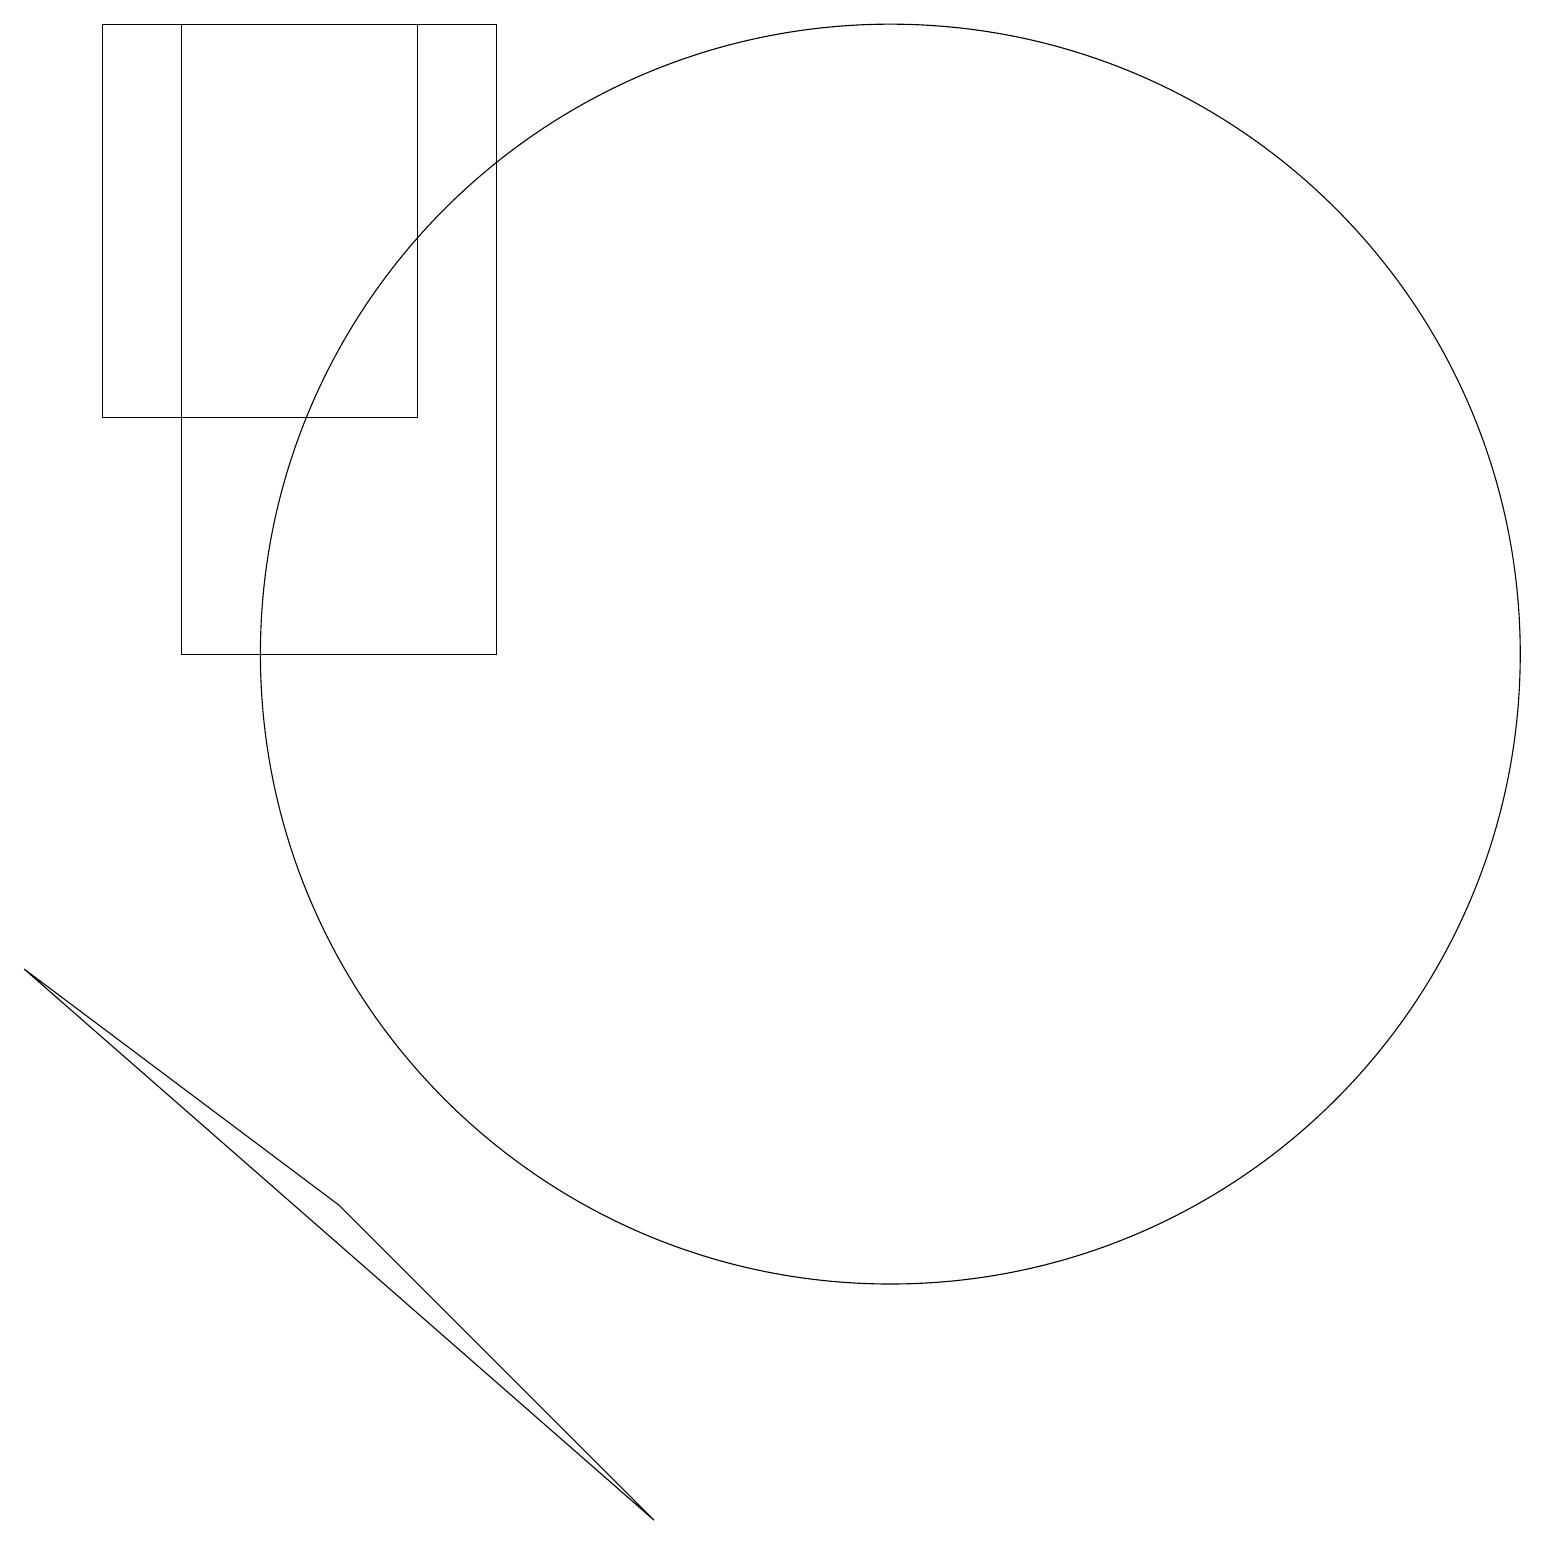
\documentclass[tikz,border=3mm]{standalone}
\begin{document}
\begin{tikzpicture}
\draw (3,11) rectangle (7,19);
\draw (12,11) circle (8);
\draw (2,14) rectangle (6,19);
\draw (9,0) -- (1,7) -- (5,4) -- cycle;
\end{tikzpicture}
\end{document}